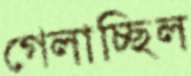
গেলাচ্ছিল